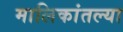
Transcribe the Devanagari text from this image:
मालिकांतल्या